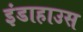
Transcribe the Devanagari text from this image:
इंडाहाउस